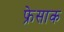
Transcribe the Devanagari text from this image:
फ्रेसाक